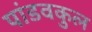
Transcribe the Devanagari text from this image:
पांडवकुल